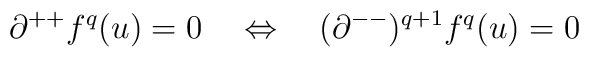
\partial^{++}f^q(u)=0\quad \Leftrightarrow \quad (\partial^{--})^{q+1}f^q(u)=0